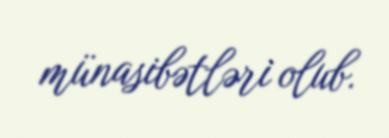
münasibətləri olub.